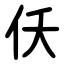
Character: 仸